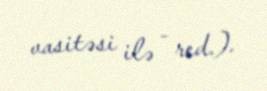
vasitəsi ilə - red.).